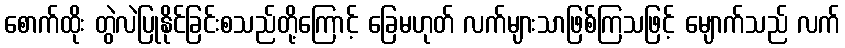
စောက်ထိုး တွဲလဲပြုနိုင်ခြင်းစသည်တို့ကြောင့် ခြေမဟုတ် လက်များသာဖြစ်ကြသဖြင့် မျောက်သည် လက်